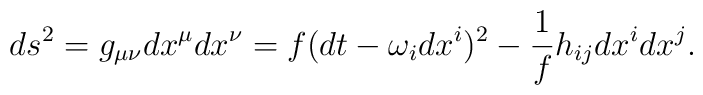
ds^2=g_{\mu\nu}dx^\mu dx^\nu=f(dt-\omega_idx^i)^2-\frac{1}{f}h_{ij}dx^idx^j.